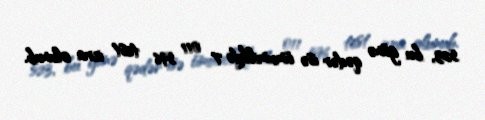
523, bu günə qədər isə ümumilikdə 7 011 596 test icra olunub.